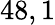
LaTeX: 48,1